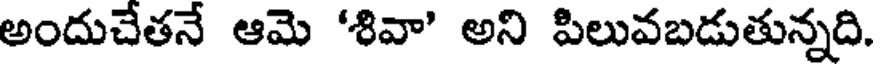
అందుచేతనే ఆమె 'శివా' అని పిలువబడుతున్నది.